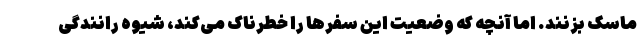
ماسک بزنند. اما آنچه که وضعیت این سفرها را خطرناک می‌کند، شیوه رانندگی